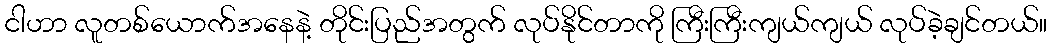
ငါဟာ လူတစ်ယောက်အနေနဲ့ တိုင်းပြည်အတွက် လုပ်နိုင်တာကို ကြီးကြီးကျယ်ကျယ် လုပ်ခဲ့ချင်တယ်။